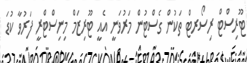
ޓޫރިސްޓް ރިސޯރޓް ތަކުން ގެސްޓުން މަރުވަނީ އެއީ ޓޫރިޒަމް މިނިސްޓްރީ ފަރުވާ ކުޑަ